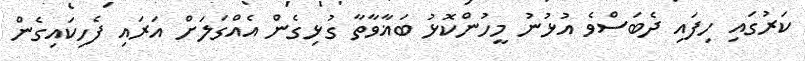
ކަރުގައި ހިފައި ދެބަސްވެ އުޅުނު މީހުންކޮޅު ބަޣާވާތާ ގުޅިގެން އެއްގަލަށް އަރައި ފެހިކައިގެން